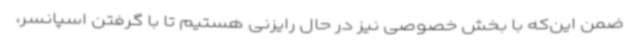
ضمن این‌که با بخش خصوصی نیز در حال رایزنی هستیم تا با گرفتن اسپانسر،